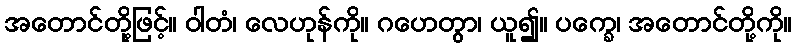
အတောင်တို့ဖြင့်။ ဝါတံ၊ လေဟုန်ကို။ ဂဟေတွာ၊ ယူ၍။ ပက္ခေ၊ အတောင်တို့ကို။